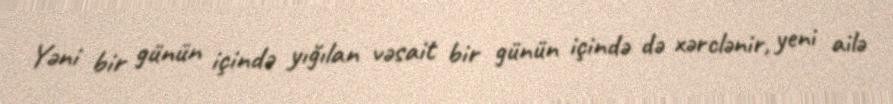
Yəni bir günün içində yığılan vəsait bir günün içində də xərclənir, yeni ailə